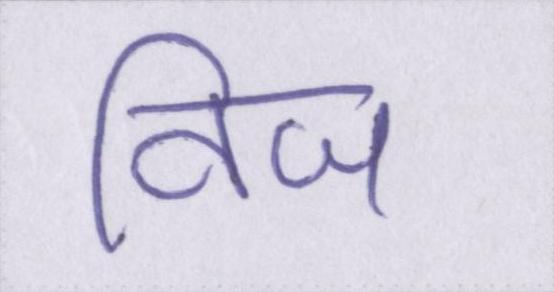
विज